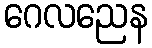
ဂေလညေန